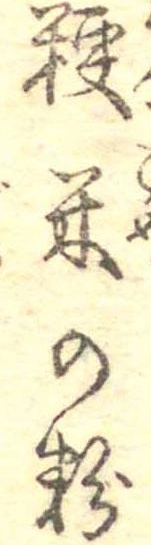
粳米の粉